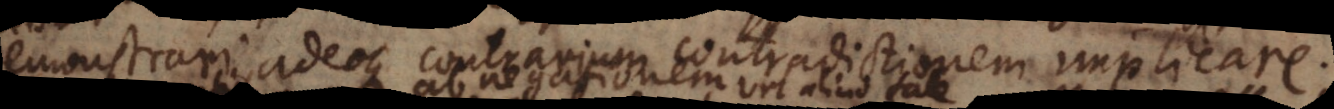
demonstrari, adeoque contrarium contradictionem implicare.